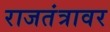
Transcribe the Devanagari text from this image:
राजतंत्रावर